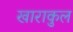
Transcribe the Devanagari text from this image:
खाराकुल